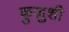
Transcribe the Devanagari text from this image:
कुज़ुशी